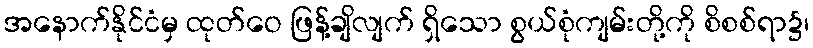
အနောက်နိုင်ငံမှ ထုတ်ဝေ ဖြန့်ချိလျက် ရှိသော စွယ်စုံကျမ်းတို့ကို စိစစ်ရာ၌၊